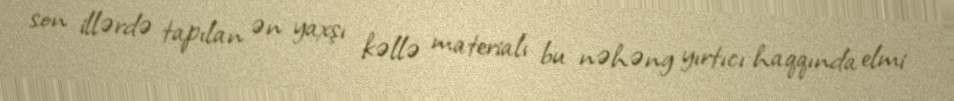
son illərdə tapılan ən yaxşı kəllə materialı bu nəhəng yırtıcı haqqında elmi